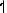
1